Civil Veterinary Department. Madras. Admin. report 1926-33 - 1926-1933
Year: 1926
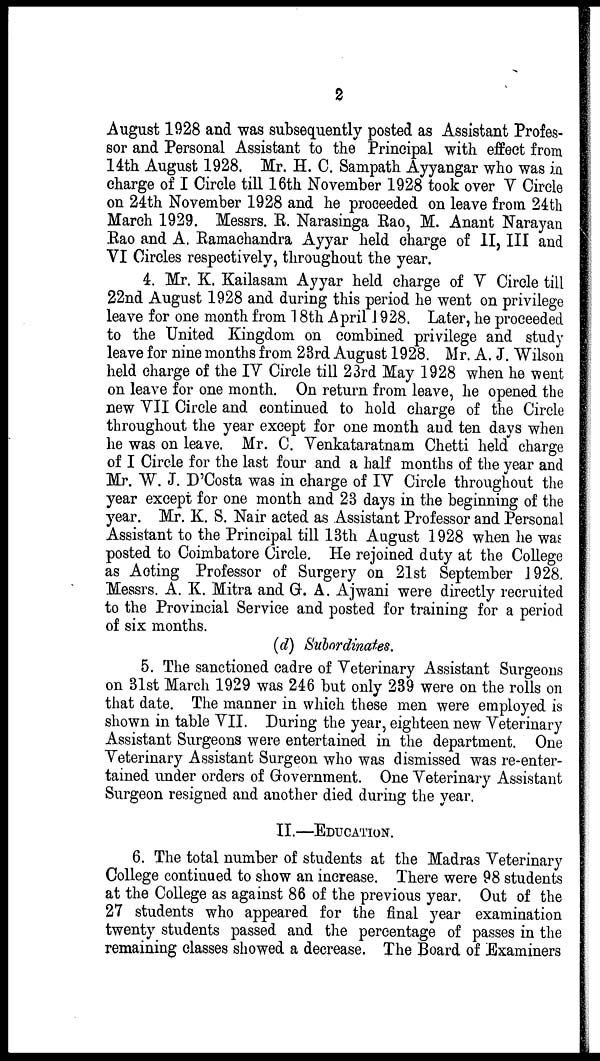
2
August 1928 and was subsequently posted as Assistant Profes-
sor and Personal Assistant to the Principal with effect from
14th August 1928. Mr. H. C. Sampath Ayyangar who was in
charge of I Circle till 16th November 1928 took over V Circle
on 24th November 1928 and he proceeded on leave from 24th
March 1929. Messrs. R. Narasinga Rao, M. Anant Narayan
Rao and A. Ramachandra Ayyar held charge of II, III and
VI Circles respectively, throughout the year.
4. Mr. K. Kailasam Ayyar held charge of V Circle till
22nd August 1928 and during this period he went on privilege
leave for one month from 18th April 1928. Later, he proceeded
to the United Kingdom on combined privilege and study
leave for nine months from 23rd August 1928. Mr. A. J. Wilson
held charge of the IV Circle till 23rd May 1928 when he went
on leave for one month. On return from leave, he opened the
new VII Circle and continued to hold charge of the Circle
throughout the year except for one month and ten days when
he was on leave. Mr. C. Venkataratnam Chetti held charge
of I Circle for the last four and a half months of the year and
Mr. W. J. D'Costa was in charge of IV Circle throughout the
year except for one month and 23 days in the beginning of the
year. Mr. K. S. Nair acted as Assistant Professor and Personal
Assistant to the Principal till 13th August 1928 when he was
posted to Coimbatore Circle, He rejoined duty at the College
as Acting Professor of Surgery on 21st September 128.
Messrs. A. K. Mitra and G. A. Ajwani were directly recruited
to the Provincial Service and posted for training for a period
of six months.
(d) Subordinates.
5. The sanctioned cadre of Veterinary Assistant Surgeons
on 31st March 1929 was 246 but only 239 were on the rolls on
that date. The manner in which these men were employed is
shown in table VII. During the year, eighteen new Veterinary
Assistant Surgeons were entertained in the department. One
Veterinary Assistant Surgeon who was dismissed was re-enter-
tained under orders of Government. One Veterinary Assistant
Surgeon resigned and another died during the year.
II.—EDUCATION.
6. The total number of students at the Madras Veterinary
College continued to show an increase. There were 98 students
at the College as against 86 of the previous year. Out of the
27 students who appeared for the final year examination
twenty students passed and the percentage of passes in the
remaining classes showed a decrease. The Board of Examiners